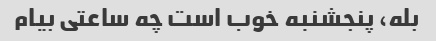
بله، پنجشنبه خوب است چه ساعتی بیام